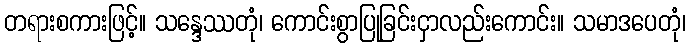
တရားစကားဖြင့်။ သန္ဒေဿတုံ၊ ကောင်းစွာပြုခြင်းငှာလည်းကောင်း။ သမာဒပေတုံ၊